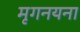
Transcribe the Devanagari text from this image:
मृगनयना